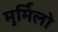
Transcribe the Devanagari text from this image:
मुर्मिलो